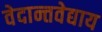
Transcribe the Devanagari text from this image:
वेदान्तवेद्याय